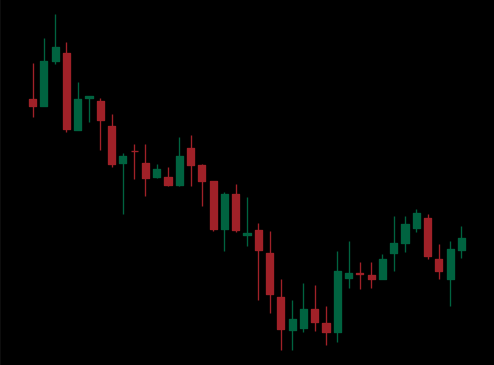
Pattern: bull_flag